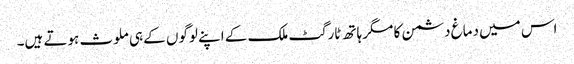
اس میں دماغ دشمن کا مگر ہاتھ ٹارگٹ ملک کے اپنے لوگوں کے ہی ملوث ہوتے ہیں۔